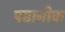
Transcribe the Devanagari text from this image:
षष्ठानीक